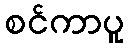
စင်ကာပူ